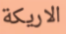
الاريكة